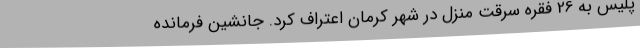
پلیس به 26 فقره سرقت منزل در شهر کرمان اعتراف کرد. جانشین فرمانده